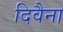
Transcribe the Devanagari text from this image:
दिवैना